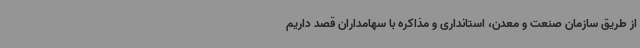
از طریق سازمان صنعت و معدن، استانداری و مذاکره با سهامداران قصد داریم